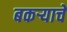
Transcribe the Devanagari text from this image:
बकर्‍याचें